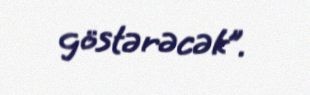
göstərəcək”.